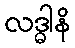
လဒ္ဓါနိ